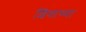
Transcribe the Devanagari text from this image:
शिवाच्या